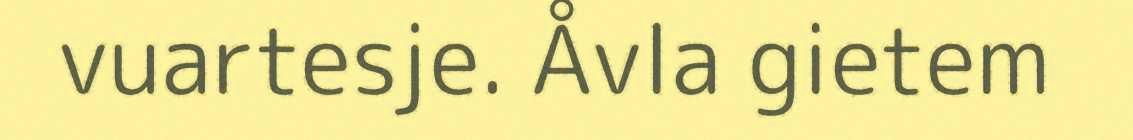
vuartesje. Åvla gietem